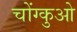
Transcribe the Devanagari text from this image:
चोंग्कुओ